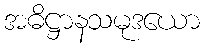
အဓိဋ္ဌာနသမုဒယော